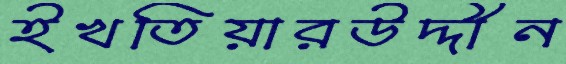
ইখতিয়ারউদ্দীন